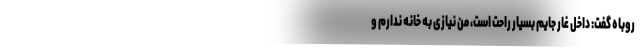
روباه گفت: داخل غار جایم بسیار راحت است، من نیازی به خانه ندارم و